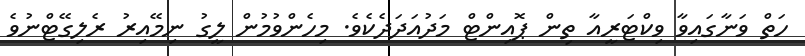
ހަތް ވަނާގައިވާ ވިކްޓަރީއާ ތިން ޕޮއިންޓް މަދުއަދަދެކެވެ. މިހެންވުމުން ލީގު ނިމޭއިރު ރެލިގޭޓްނުވެ